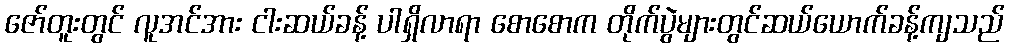
ဇော်တူးတွင် လူအင်အား ငါးဆယ်ခန့် ပါရှိလာရာ စောစောက တိုက်ပွဲများတွင်ဆယ်ယောက်ခန့်ကျသည်